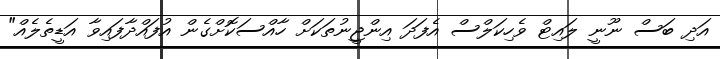
އަދި ބަސް ނޫނީ ލައިޓް ވެހިކަލްސް އެފަދަ އިންޖީނުތަކަށް ހާއްސަކޮށްގެން އުފައްދާފައިވާ އަޑީތެލެއް"